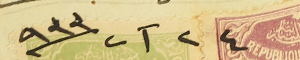
٢٤ آب سنة ٩٣٣